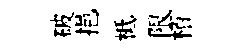
破挹柢限栢